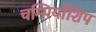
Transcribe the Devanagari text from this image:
चम्पियाँशिप